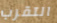
التقرب